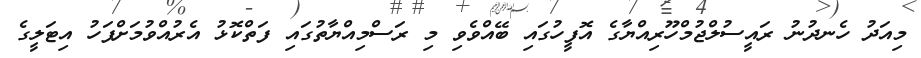
މިއަދު ހެނދުނު ރައީސުލްޖުމްހޫރިއްޔާގެ އޮފީހުގައި ބޭއްވެވި މި ރަސްމިއްޔާތުގައި ފަތްކޮޅު އެރުއްވުމަށްފަހު އިޓަލީގެ